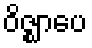
ဝိဇ္ဈာပေ